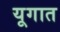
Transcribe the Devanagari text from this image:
यूगात